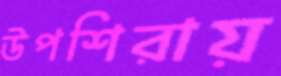
উপশিরায়